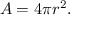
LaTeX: \! A = 4 \pi r ^ { 2 } .